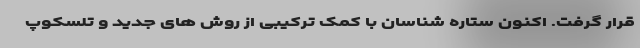
قرار گرفت. اکنون ستاره شناسان با کمک ترکیبی از روش های جدید و تلسکوپ